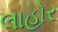
લાહોર